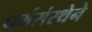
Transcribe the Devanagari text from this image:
धर्मसंस्थेने